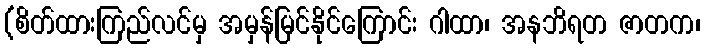
(စိတ်ထားကြည်လင်မှ အမှန်မြင်နိုင်ကြောင်း ဂါထာ၊ အနဘိရတ ဇာတက၊